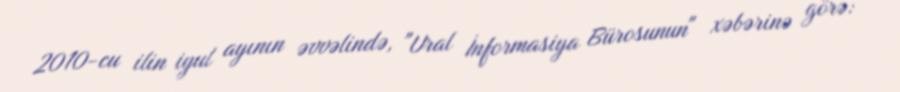
2010-cu ilin iyul ayının əvvəlində, "Ural İnformasiya Bürosunun" xəbərinə görə: